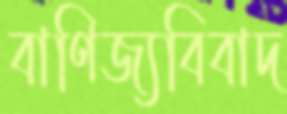
বাণিজ্যবিবাদ